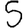
Digit: 5